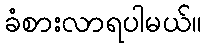
ခံစားလာရပါမယ်။